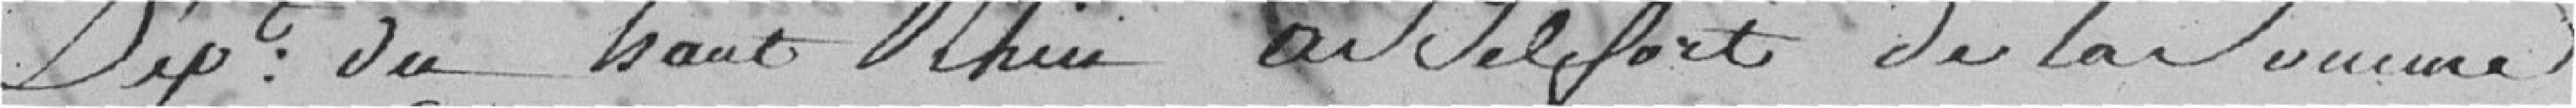
Département du haut Rhin de Belfort de la somme